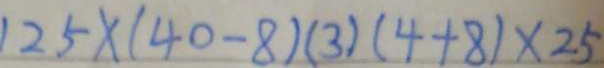
1 2 5 \times ( 4 0 - 8 ) ( 3 ) ( 4 + 8 ) \times 2 5